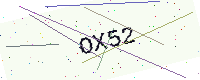
Text: OX52